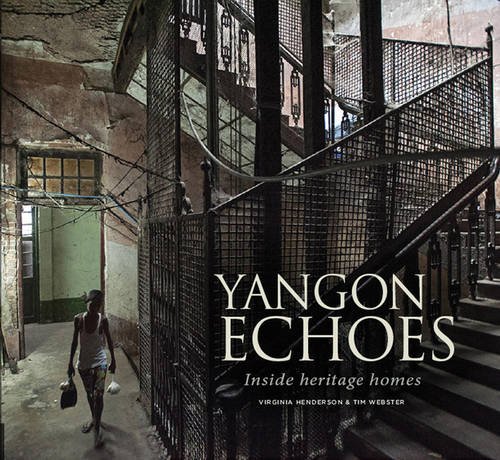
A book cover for Yangon Echoes: Inside Heritage Homes; Virginia Henderson; Arts & Photography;